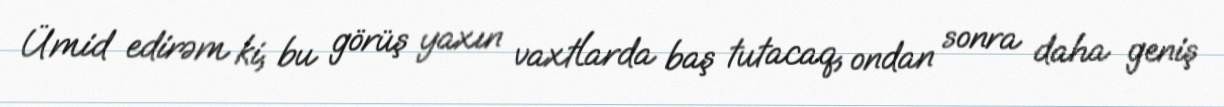
Ümid edirəm ki, bu görüş yaxın vaxtlarda baş tutacaq, ondan sonra daha geniş